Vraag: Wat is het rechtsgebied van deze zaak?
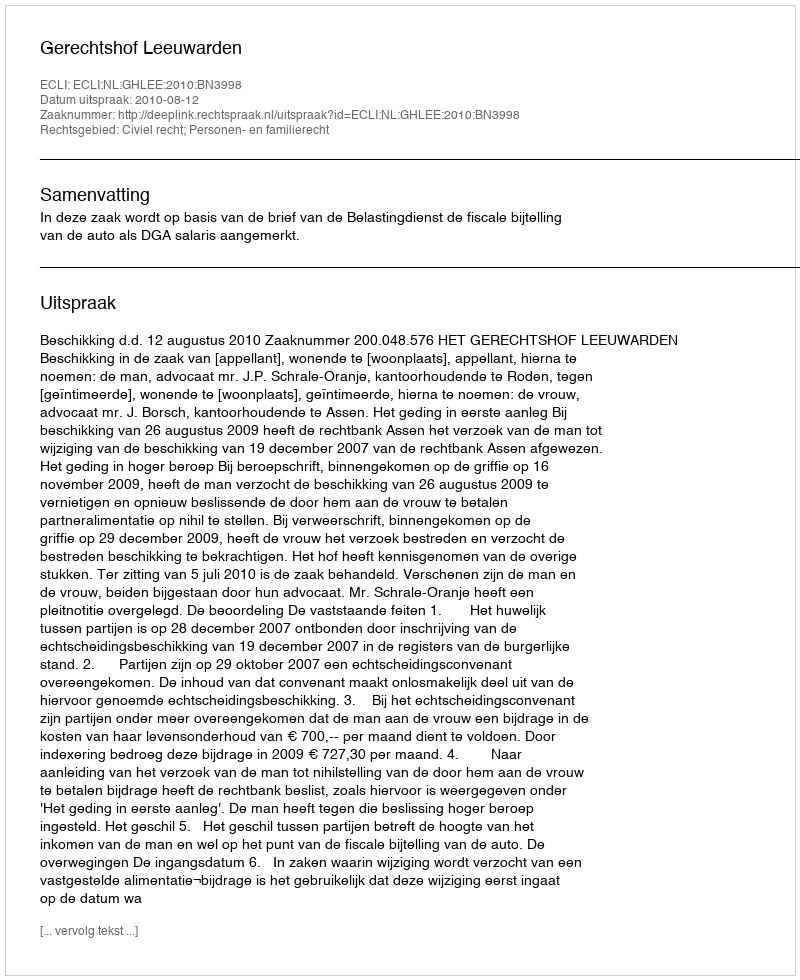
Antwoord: Civiel recht; Personen- en familierecht